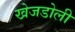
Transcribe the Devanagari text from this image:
खेजडोली